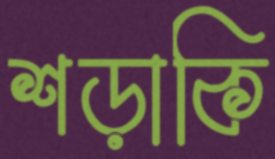
শড়াকি